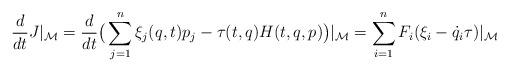
LaTeX: \begin{align*}\frac{d}{dt}J\vert_\mathcal M=\frac{d}{dt}\big(\sum_{j=1}^n\xi_j(q,t)p_j-\tau(t,q)H(t,q,p)\big)\vert_\mathcal M=\sum_{i=1}^n F_i(\xi_i-\dot q_i\tau)\vert_\mathcal M\end{align*}